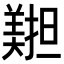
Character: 𦏄